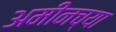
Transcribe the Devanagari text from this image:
अमीनच्या